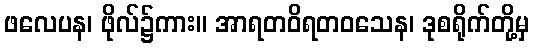
ဖလေပန၊ ဖိုလ်၌ကား။ အာရတဝိရတဝသေန၊ ဒုစရိုက်တို့မှ